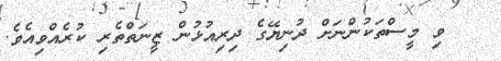
ވި މީސްތަކުންނަށް ދުނިޔޭގެ ދިރިއުޅުން ޒީނަތްތެރި ކުރެއްވިއެވެ.